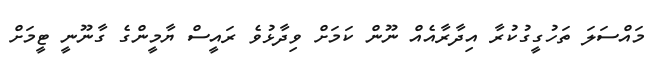
މައްސަލަ ތަހުގީގުކުރާ އިދާރާއެއް ނޫން ކަމަށް ވިދާޅުވެ ރައީސް ޔާމީންގެ ގާނޫނީ ޓީމަށް